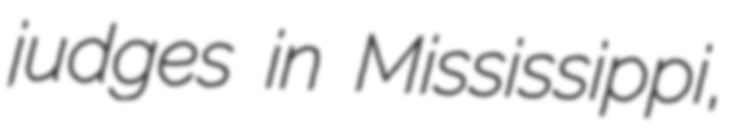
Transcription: judges in Mississippi,